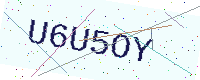
Text: U6U5OY